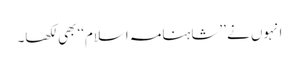
انہوں نے ’’شاہنامہ اسلام‘‘ بھی لکھا۔